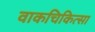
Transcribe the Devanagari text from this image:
वाकचिकित्सा